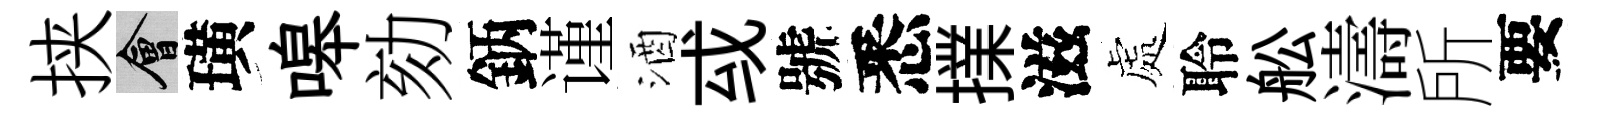
挟會璜嗥劾鈵谨酒㦯號悉擈滋處聆舩濤所要